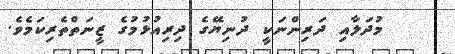
މުދަލާއި ދަރިންނަކީ ދުނިޔޭގެ ދިރިއުޅުމުގެ ޒީނަތްތެރިކަމެވެ.